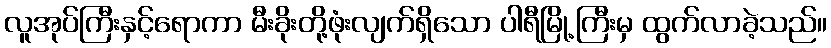
လူအုပ်ကြီးနှင့်ရောကာ မီးခိုးတို့ဖုံးလျက်ရှိသော ပါရီမြို့ကြီးမှ ထွက်လာခဲ့သည်။